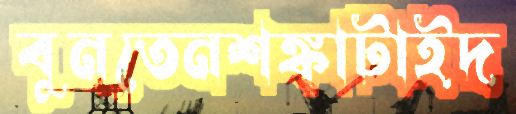
বুনতেনশঙ্কাটাইদ